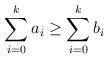
LaTeX: \begin{align*} \sum_{i=0}^k a_i \geq \sum_{i=0}^k b_i\qquad\end{align*}